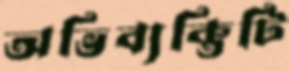
অভিব্যক্তিটি